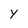
Character: y